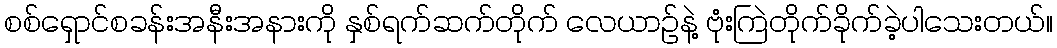
စစ်ရှောင်စခန်းအနီးအနားကို နှစ်ရက်ဆက်တိုက် လေယာဉ်နဲ့ ဗုံးကြဲတိုက်ခိုက်ခဲ့ပါသေးတယ်။